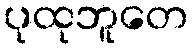
ပုထုဘူတေ